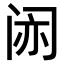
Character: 𫔱